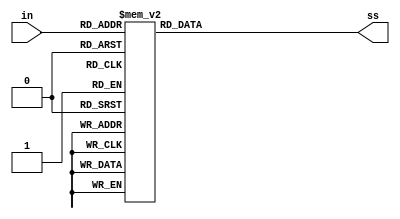
`timescale 1ns / 1ps
//////////////////////////////////////////////////////////////////////////////////
// Company: 
// Engineer: 
// 
// Design Name: 
// Module Name: decoder
// Project Name: 
// Target Devices: 
// Tool Versions: 
// Description: 
// 
// Dependencies: 
// 
// Revision:
// Revision 0.01 - File Created
// Additional Comments:
// 
//////////////////////////////////////////////////////////////////////////////////


`timescale 1ns / 1ps
// Code your design here
module decoder(input [3:0] in, output reg [6:0] ss);
  
  always @(in) begin
    case (in)
      4'd0: ss = 7'b1000000;
      4'd1: ss = 7'b1111001;
      4'd2: ss = 7'b0100100;
      4'd3: ss = 7'b0110000;
      4'd4: ss = 7'b0011001;
      4'd5: ss = 7'b0010010;
      4'd6: ss = 7'b0000010;
      4'd7: ss = 7'b1111000;
      4'd8: ss = 7'b0000000;
      4'd9: ss = 7'b0011000;
      default: ss = 7'b0000110; // will display E for error
    endcase
    
  end
  
endmodule